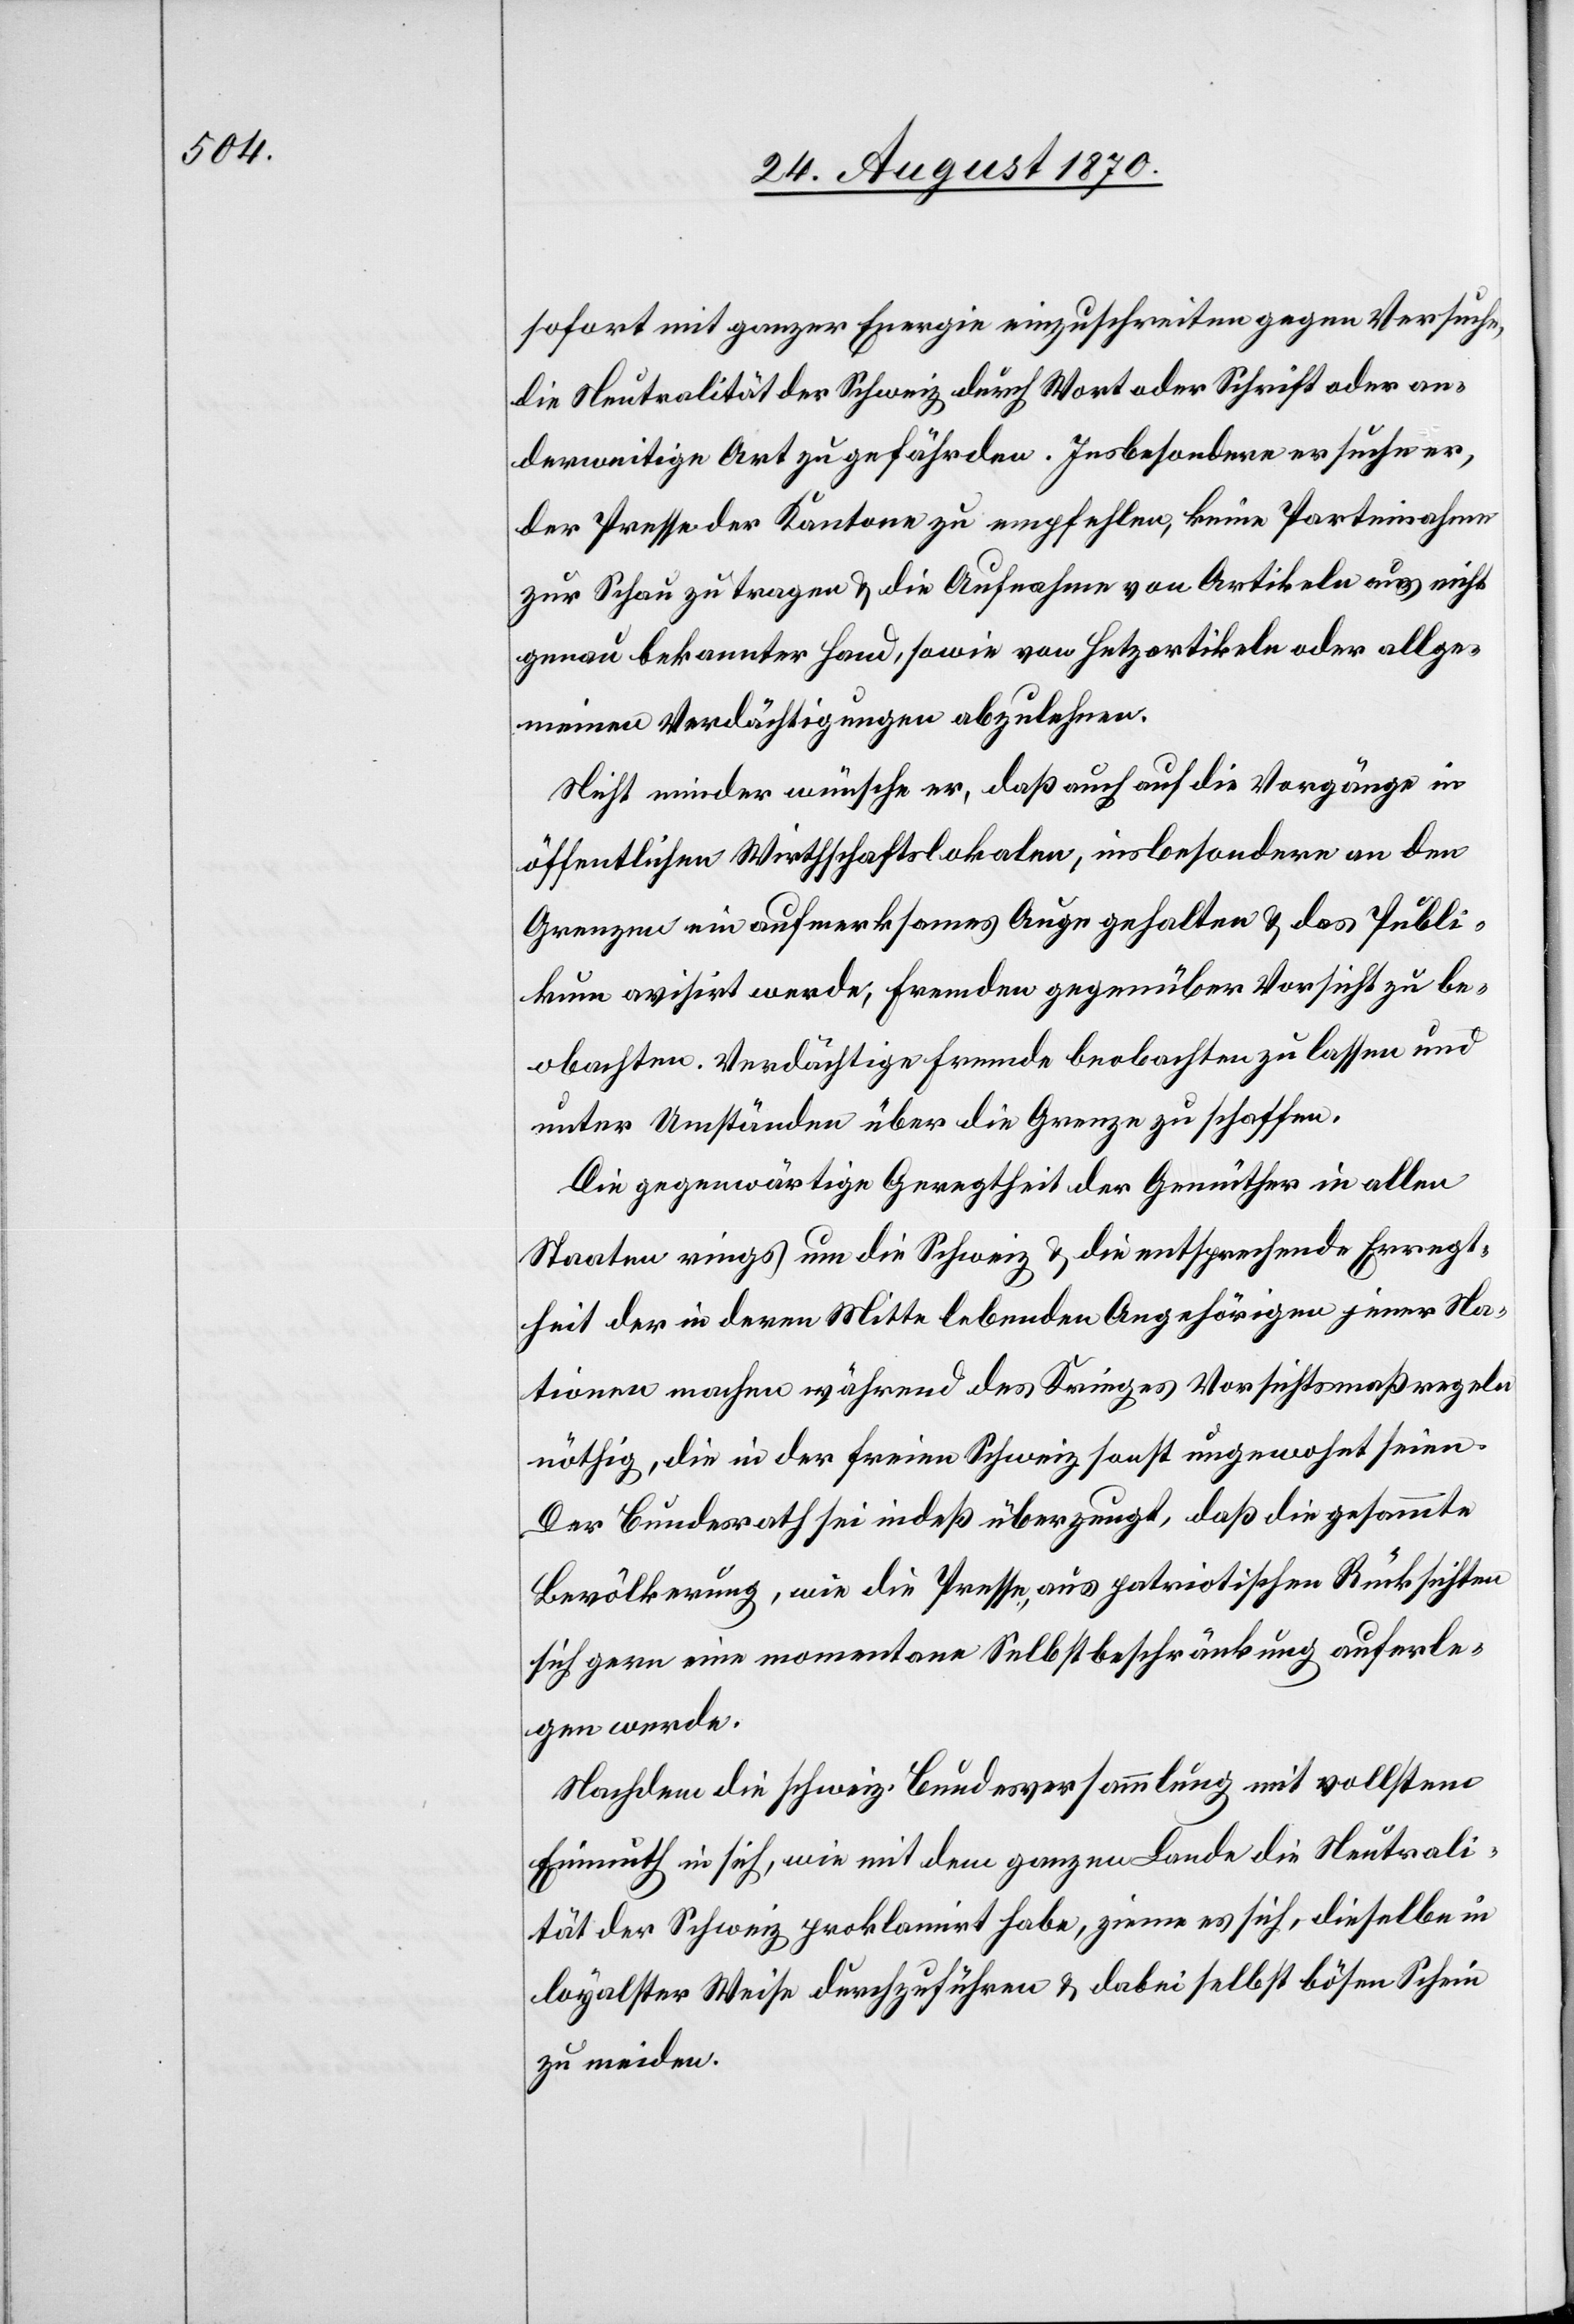
sofort mit ganzer Energie einzuschreiten gegen Versuche,
die Neutralität der Schweiz durch Wort oder Schrift oder an¬
derweitige Art zu gefährden. Insbesondere ersuche er,
der Presse der Kantone zu empfehlen, keine Parteinahme
zur Schau zu tragen & die Aufnahme von Artikeln aus nicht
genau bekannter Hand, sowie von Hetzartikeln oder allge¬
meinen Verdächtigungen abzulehnen.
Nicht minder wünsche er, daß auch auf die Vorgänge in
öffentlichen Wirthschaftslokalen, insbesondere an den
Grenzen ein aufmerksames Auge gehalten & das Publi¬
kum avisirt werde, Fremden gegenüber Vorsicht zu be¬
obachten. Verdächtige Fremde beobachten zu lassen und
unter Umständen über die Grenze zu schaffen.
Die gegenwärtige Geregtheit der Gemüther in allen
Staaten rings um die Schweiz & die entsprechende Erregt¬
heit der in deren Mitte lebenden Angehörigen jener Na¬
tionen machen während des Krieges Vorsichtsmaßregeln
nöthig, die in der freien Schweiz sonst ungewohnt seien.
Der Bundesrath sei indeß überzeugt, daß die gesammte
Bevölkerung, wie die Presse, aus patriotischen Rücksichten
sich gern eine momentane Selbstbeschränkung auferle¬
gen werde.
Nachdem die schweiz. Bundesversammlung mit vollstem
Einmuth in sich, wie mit dem ganzen Lande die Neutrali¬
tät der Schweiz proklamirt habe, zieme es sich, dieselbe in
loyalster Weise durchzuführen & dabei selbst bösen Schein
zu meiden.